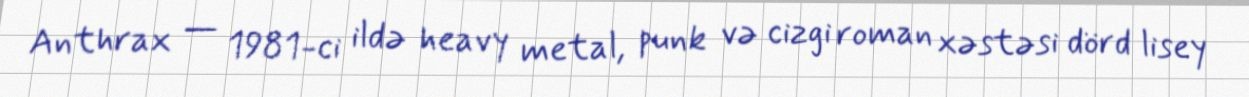
Anthrax — 1981-ci ildə heavy metal, punk və cizgi roman xəstəsi dörd lisey